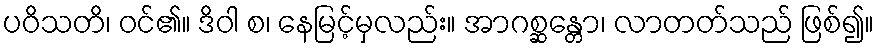
ပဝိသတိ၊ ဝင်၏။ ဒိဝါ စ၊ နေမြင့်မှလည်း။ အာဂစ္ဆန္တော၊ လာတတ်သည် ဖြစ်၍။